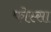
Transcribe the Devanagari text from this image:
फोस्सा